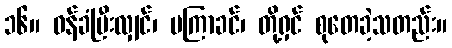
၁၆။ ဝန်ခံပြီးလျှင်၊ မကြာခင်၊ တို့ရှင် စုတေခဲ့သတည်း။